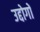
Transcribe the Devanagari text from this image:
उद्दोगों